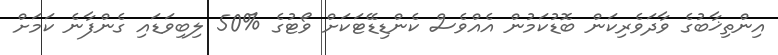
އިންތިޚާބުގެ ވާދަވެރިކަން ބޮޑުކަމުން އެއްވެސް ކެންޑިޑޭޓަކަށް ވޯޓުގެ %50 ލިބިވަޑައި ގެންފާނެ ކަމަށް